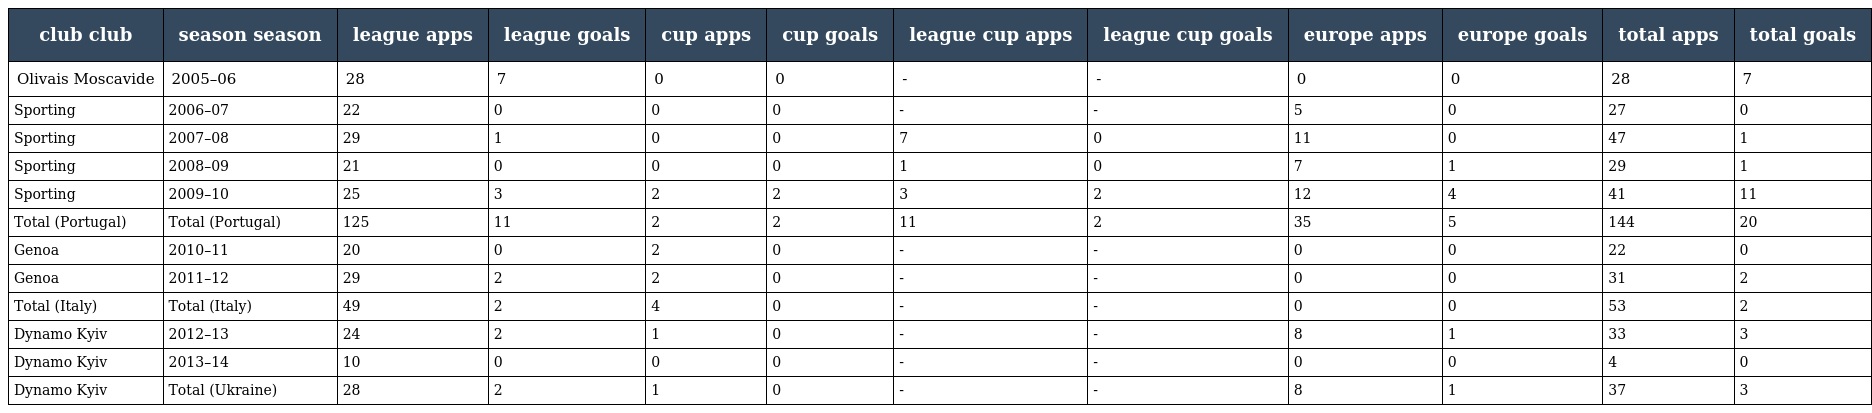
| club club | season season | league apps | league goals | cup apps | cup goals | league cup apps | league cup goals | europe apps | europe goals | total apps | total goals |
 | --- | --- | --- | --- | --- | --- | --- | --- | --- | --- | --- | --- |
 | Olivais Moscavide | 2005–06 | 28 | 7 | 0 | 0 | - | - | 0 | 0 | 28 | 7 |
 | Sporting | 2006–07 | 22 | 0 | 0 | 0 | - | - | 5 | 0 | 27 | 0 |
 | Sporting | 2007–08 | 29 | 1 | 0 | 0 | 7 | 0 | 11 | 0 | 47 | 1 |
 | Sporting | 2008–09 | 21 | 0 | 0 | 0 | 1 | 0 | 7 | 1 | 29 | 1 |
 | Sporting | 2009–10 | 25 | 3 | 2 | 2 | 3 | 2 | 12 | 4 | 41 | 11 |
 | Total (Portugal) | Total (Portugal) | 125 | 11 | 2 | 2 | 11 | 2 | 35 | 5 | 144 | 20 |
 | Genoa | 2010–11 | 20 | 0 | 2 | 0 | - | - | 0 | 0 | 22 | 0 |
 | Genoa | 2011–12 | 29 | 2 | 2 | 0 | - | - | 0 | 0 | 31 | 2 |
 | Total (Italy) | Total (Italy) | 49 | 2 | 4 | 0 | - | - | 0 | 0 | 53 | 2 |
 | Dynamo Kyiv | 2012–13 | 24 | 2 | 1 | 0 | - | - | 8 | 1 | 33 | 3 |
 | Dynamo Kyiv | 2013–14 | 10 | 0 | 0 | 0 | - | - | 0 | 0 | 4 | 0 |
 | Dynamo Kyiv | Total (Ukraine) | 28 | 2 | 1 | 0 | - | - | 8 | 1 | 37 | 3 |